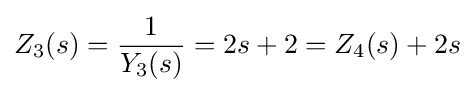
Z_{3}(s)={1 \over Y_{3}(s)}=2s+2=Z_{4}(s)+2s